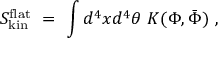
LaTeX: S _ { \mathrm { k i n } } ^ { \mathrm { f l a t } } \ = \ \int d ^ { 4 } x d ^ { 4 } \theta \ K ( \Phi , \bar { \Phi } ) \ ,